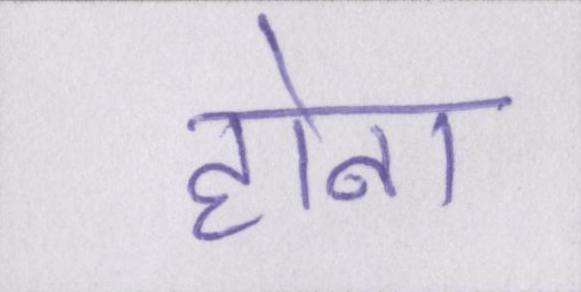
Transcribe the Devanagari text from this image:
होना